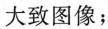
大致图像；